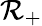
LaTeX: \mathcal{R}_{+}